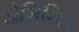
ડોમિનિડ